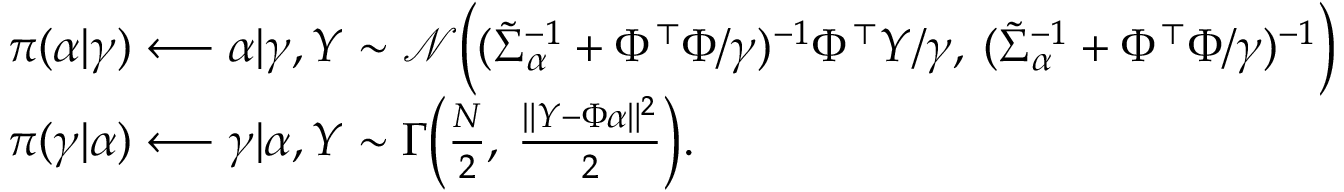
\begin{array} { r l } & { \pi ( \alpha | \gamma ) \longleftarrow \alpha | \gamma , Y \sim \mathcal { N } \Big ( ( \tilde { \Sigma } _ { \alpha } ^ { - 1 } + \Phi ^ { \top } \Phi / \gamma ) ^ { - 1 } \Phi ^ { \top } Y / \gamma , \: ( \tilde { \Sigma } _ { \alpha } ^ { - 1 } + \Phi ^ { \top } \Phi / \gamma ) ^ { - 1 } \Big ) } \\ & { \pi ( \gamma | \alpha ) \longleftarrow \gamma | \alpha , Y \sim \Gamma \Big ( \frac { N } { 2 } , \: \frac { \| Y - \Phi \alpha \| ^ { 2 } } { 2 } \Big ) . } \end{array}